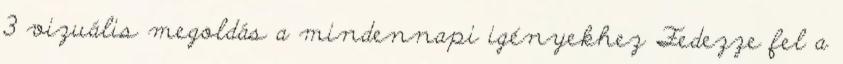
3 vizuális megoldás a mindennapi igényekhez Fedezze fel a